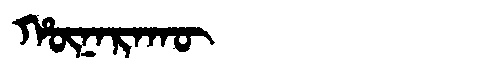
Manchu: ᡥᡡᠨᠠᡵᠠᡴᡡ
Romanization: HŪNARAKŪ